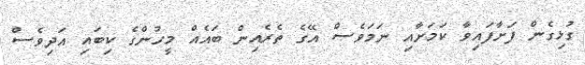
ގުޅިގެން ފަށާފައިވާ ކަމަށާއި ނަމަވެސް އޭގެ ތެރެއިން ބައެއް މީހުންގެ ކިބައި އަދިވެސް